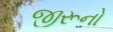
જીરૂનો